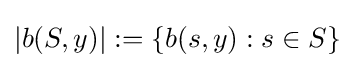
|b(S,y)|:=\{b(s,y):s\in S\}